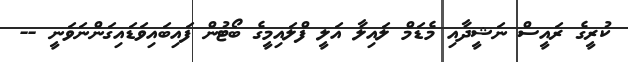
ކުރީގެ ރައީސް ނަޝީދާއި މެޑަމް ލައިލާ އަލީ ފްލައިމީގެ ބޯޓުން ފައިބައިވަޑައިގަންނަވަނީ --